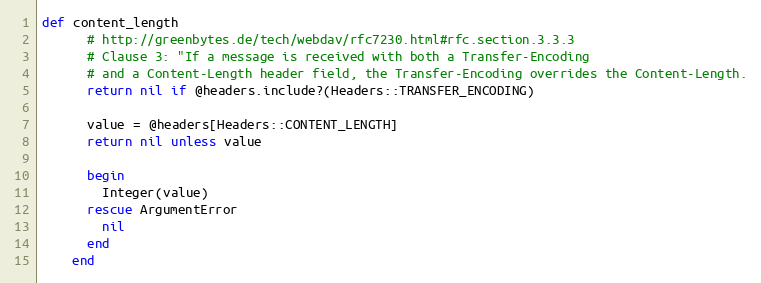
Language: Ruby
def content_length
      # http://greenbytes.de/tech/webdav/rfc7230.html#rfc.section.3.3.3
      # Clause 3: "If a message is received with both a Transfer-Encoding
      # and a Content-Length header field, the Transfer-Encoding overrides the Content-Length.
      return nil if @headers.include?(Headers::TRANSFER_ENCODING)

      value = @headers[Headers::CONTENT_LENGTH]
      return nil unless value

      begin
        Integer(value)
      rescue ArgumentError
        nil
      end
    end